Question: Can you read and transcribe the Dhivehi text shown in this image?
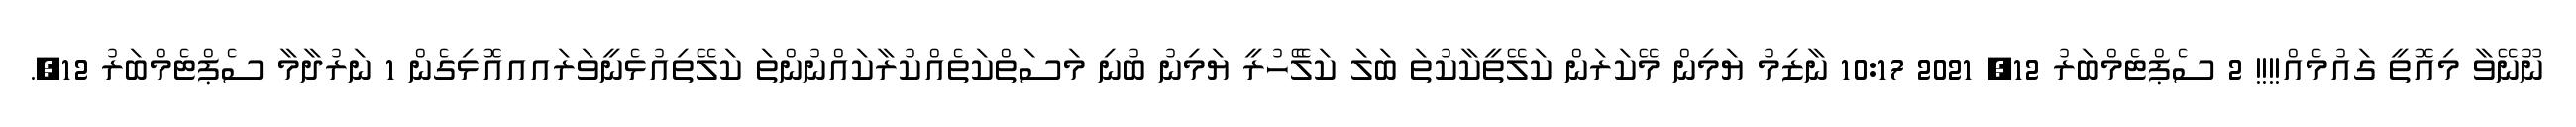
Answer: ނޫނޭވާ މިއޮތީ ގައުމެއް!!!! 2 ސެޕްޓެމްބަރު 12, 2021 10:17 ނާޒިމު ޔަމިން މޭކަރަން ކަލޭތީކާކުތަ ބަލަ ކަލެޭހުރީ ޔަމިނު ބުނި މަސަތްކަތެއްކުރާކައްނުންތަ ކަލޭތިއުޅެނީވަރައއއޮޅިގެން 1 ނަރުދާމާ ސެޕްޓެމްބަރު 12,.